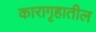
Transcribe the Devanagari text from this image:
कारागृहातील